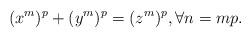
LaTeX: \begin{align*}(x^m)^p + (y^m)^p = (z^m)^p, \forall n = mp.\end{align*}